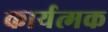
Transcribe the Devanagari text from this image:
कार्यत्मक